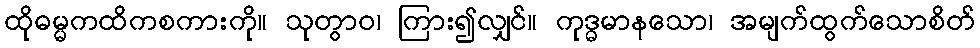
ထိုဓမ္မကထိကစကားကို။ သုတွာဝ၊ ကြား၍လျှင်။ ကုဒ္ဓမာနသော၊ အမျက်ထွက်သောစိတ်